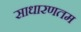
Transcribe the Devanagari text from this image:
साधारणतम